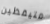
متيقظين